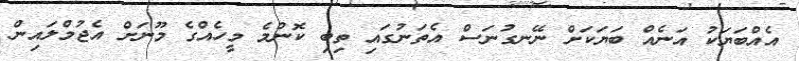
އެއްބަޔަކު އަނެއް ބަޔަކަށް ނޭނގުނަސް އެތަނުގައި ތިބި ކޮންމެ މީހެއްގެ މޫނަށް އެޖުމްލައިން